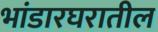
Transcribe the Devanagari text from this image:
भांडारघरातील